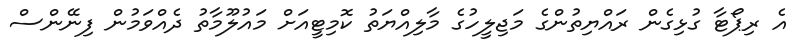
އެ ރިޕޯޓާ ގުޅިގެން ރައްޔިތުންގެ މަޖިލީހުގެ މާލިއްޔަތު ކޮމިޓީއަށް މައުލޫމާތު ދެއްވަމުން ފިނޭންސް